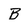
Character: B